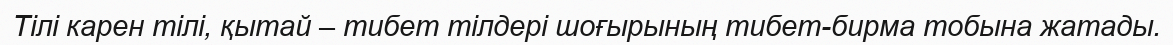
Тілі карен тілі, қытай – тибет тілдері шоғырының тибет-бирма тобына жатады.